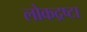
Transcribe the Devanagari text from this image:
लोकद्रष्टा